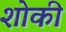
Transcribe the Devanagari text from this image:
शोकी